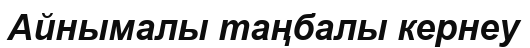
Айнымалы таңбалы кернеу